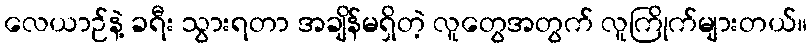
လေယာဉ်နဲ့ ခရီး သွားရတာ အချိန်မရှိတဲ့ လူတွေအတွက် လူကြိုက်များတယ်။